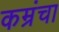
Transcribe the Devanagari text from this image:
कम्रंचा